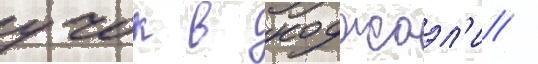
учок в коджаэл'и /